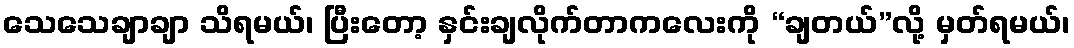
သေသေချာချာ သိရမယ်၊ ပြီးတော့ နှင်းချလိုက်တာကလေးကို “ချတယ်”လို့ မှတ်ရမယ်၊